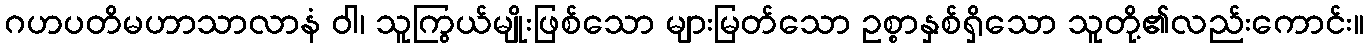
ဂဟပတိမဟာသာလာနံ ဝါ၊ သူကြွယ်မျိုးဖြစ်သော များမြတ်သော ဥစ္စာနှစ်ရှိသော သူတို့၏လည်းကောင်း။